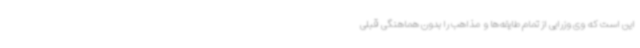
این است که وی وزرایی از تمام طایفه‌ها و مذاهب را بدون هماهنگی قبلی